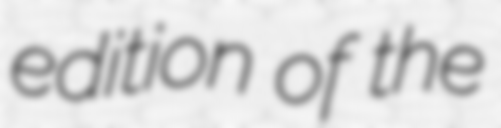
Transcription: edition of the